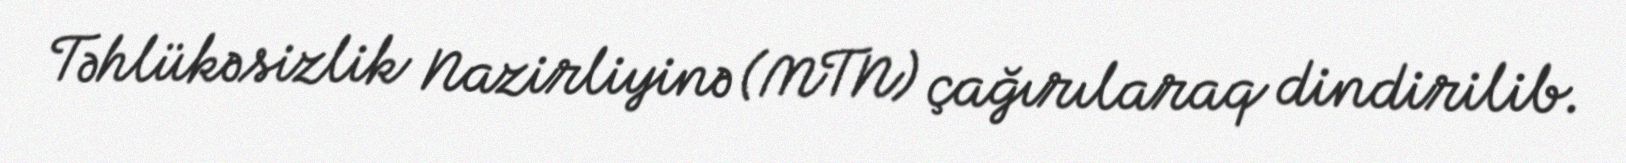
Təhlükəsizlik Nazirliyinə (MTN) çağırılaraq dindirilib.